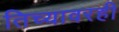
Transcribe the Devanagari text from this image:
तिच्यावरही